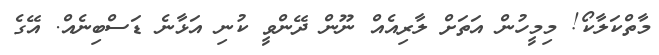
މާތްކަލާކޯ! މިމީހުން އަތަށް ލާރިއެއް ނޫން ދޭންވީ ކުނި އަޅާނެ ޑަސްބިނެއް. އޭގެ